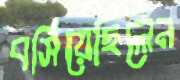
বসিয়েছিলেন